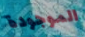
الموجودة